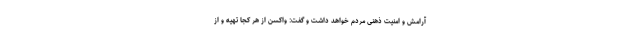
آرامش و امنیت ذهنی مردم خواهد داشت و گفت: واکسن از هر کجا تهیه و از